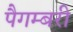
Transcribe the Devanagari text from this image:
पैगम्बरी